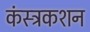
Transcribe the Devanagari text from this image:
कंस्ट्रकशन